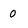
Character: 0